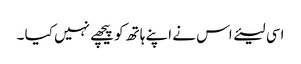
اسی لیئے اس نے اپنے ہاتھ کو پیچھے نہیں کیا ۔